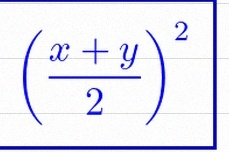
\left(\frac{x+y}{2}\right)^2